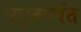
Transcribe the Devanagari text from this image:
समुद्रपर्यंत